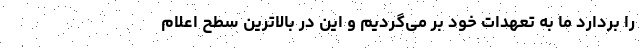
را بردارد ما به تعهدات خود بر می‌گردیم و این در بالاترین سطح اعلام